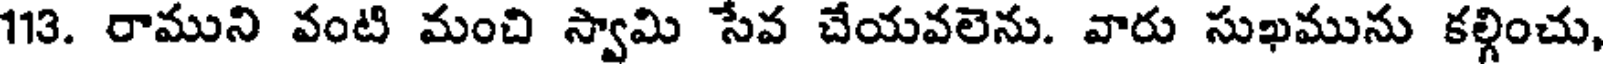
113. రాముని వంటి మంచి స్వామి సేవ చేయవలెను. వారు సుఖమును కల్గించు,